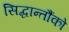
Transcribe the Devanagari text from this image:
सिद्धान्तौंको